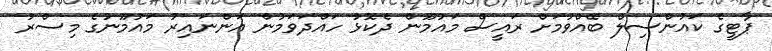
ޕާޓީގެ ކައުންސިލް ބޭއްވުމަށް ރައީސް މައުމޫން ދެކޮޅު ހައްދަވަމުން އަންނައިރު މައުމޫނުގެ މިސްރު